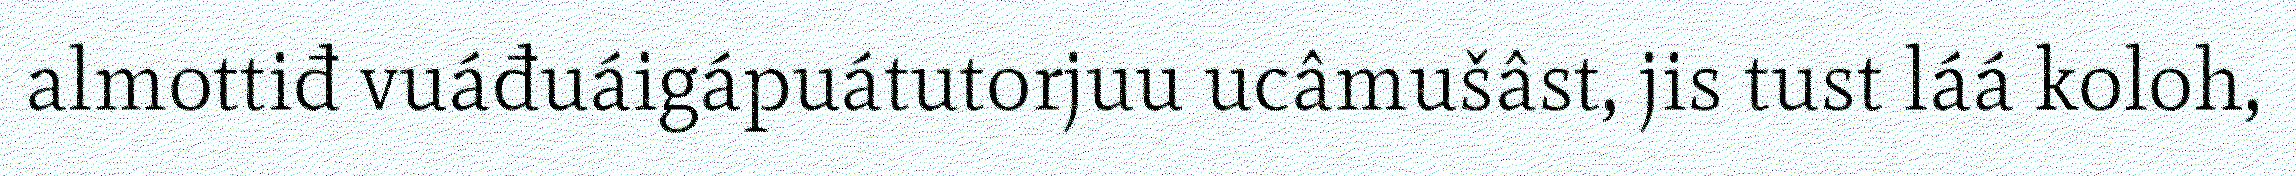
almottiđ vuáđuáigápuátutorjuu ucâmušâst, jis tust láá koloh,